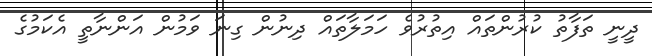
ދީނީ ތަފާތު ކުރުންތައް އިތުރުވެ ހަމަލާތައް ދިނުން ގިނަ ވަމުން އަންނާތީ އެކަމުގެ